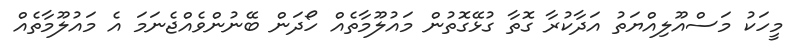
މީހަކު މަސްއޫލިއްޔަތު އަދާކުރާ ގޮތާ ގުޅޭގޮތުން މައުލޫމާތެއް ހޯދަން ބޭނުންވެއްޖެނަމަ އެ މައުލޫމާތެއް